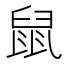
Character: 鼠